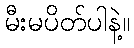
မီးမပိတ်ပါနဲ့။